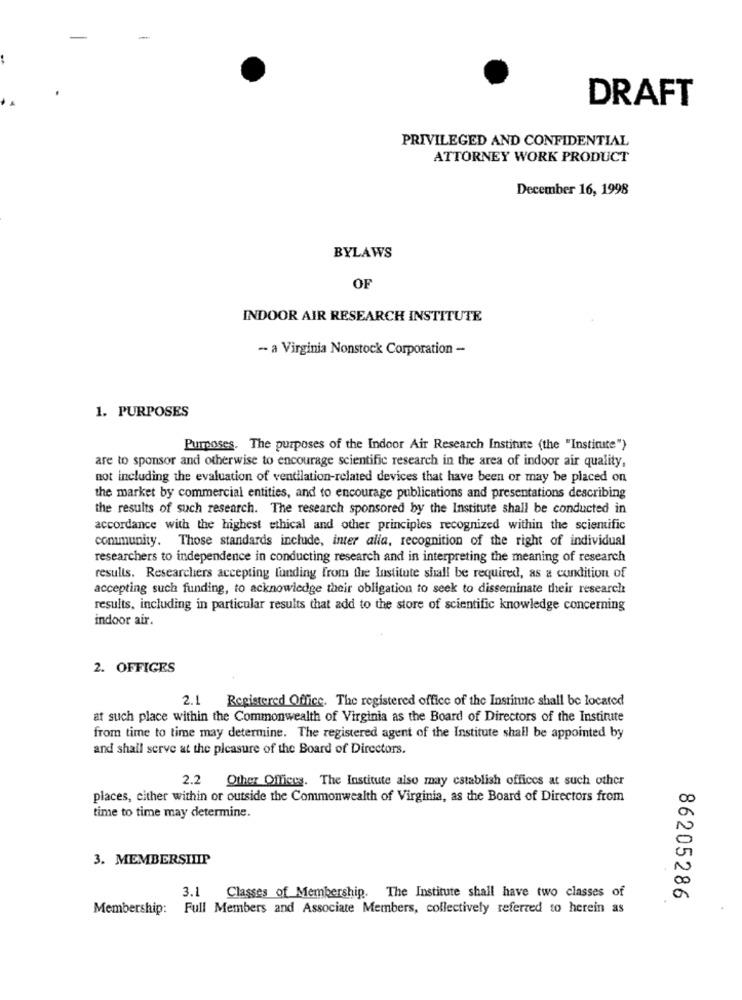
DRAFT
PRIVILEGED AND CONFIDENTIAL
ATTORNEY WORK PRODUCT
December 16, 1998
BYLAWS
OF
INDOOR AIR RESEARCH INSTITUTE
-- a Virginia Nonstock Corporation -
1. PURPOSES
Purposes. The purposes of the Indoor Air Research Institute (the "Institute")
are to sponsor and otherwise to encourage scientific research in the area of indoor air quality,
not including the evaluation of ventilation-related devices that have been or may be placed on
the market by commercial entities, and to encourage publications and presentations describing
the results of such research. The research sponsored by the Institute shall be conducted in
accordance with the highest ethical and other principles recognized within the scientific
community. Those standards include, inter alia, recognition of the right of individual
researchers to independence in conducting research and in interpreting the meaning of research
results. Researchers accepting funding from the Institute shall be required, as a condition of
accepting such funding, to acknowledge their obligation to seek to disseminate their research
results, including in particular results that add to the store of scientific knowledge concerning
indoor air.
2. OFFIGES
2.1
Registered Office. The registered office of the Instinne shall be located
at such place within the Commonwealth of Virginia as the Board of Directors of the Institute
from time to time may determine. The registered agent of the Institute shall be appointed by
and shall serve at the pleasure of the Board of Directors.
2.2
Other Offices. The Institute also may establish offices at such other
places, cither within or outside the Commonwealth of Virginia, as the Board of Directors from
time to time may determine.
3. MEMBERSILIP
3. 1 Classes of Membership. The Institute shall have two classes of
86205286
Membership: Full Members and Associate Members, collectively referred to herein as